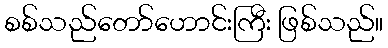
စစ်သည်တော်ဟောင်းကြီး ဖြစ်သည်။